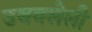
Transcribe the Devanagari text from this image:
उबवलेली